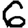
Digit: 6